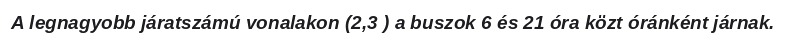
A legnagyobb járatszámú vonalakon (2,3 ) a buszok 6 és 21 óra közt óránként járnak.